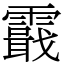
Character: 霵